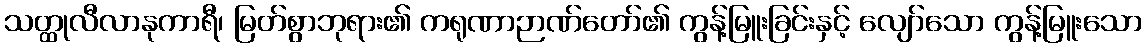
သတ္ထုလီလာနုကာရီ၊ မြတ်စွာဘုရား၏ ကရုဏာဉာဏ်တော်၏ ကွန့်မြူးခြင်းနှင့် လျော်သော ကွန့်မြူးသော